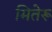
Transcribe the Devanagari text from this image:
मितेरू